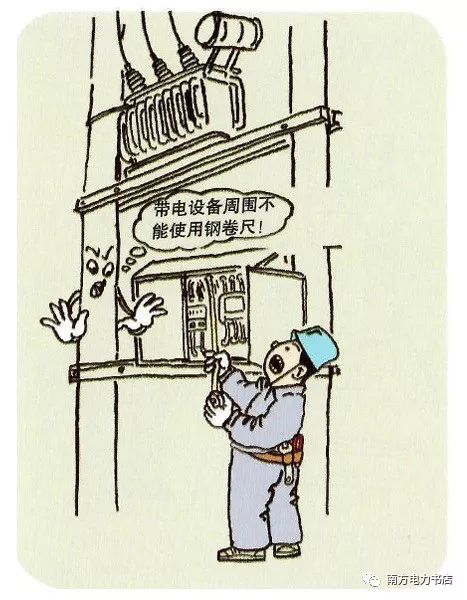
民有三患，饥者不得食，寒者不得衣，劳者不得息